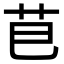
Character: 𮎣